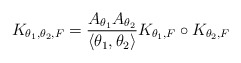
\begin{align*} K_{\theta_1,\theta_2,F} = \frac{A_{\theta_1}A_{\theta_2}}{\langle \theta_1,\theta_2 \rangle} K_{\theta_1,F}\circ K_{\theta_2,F} \end{align*}